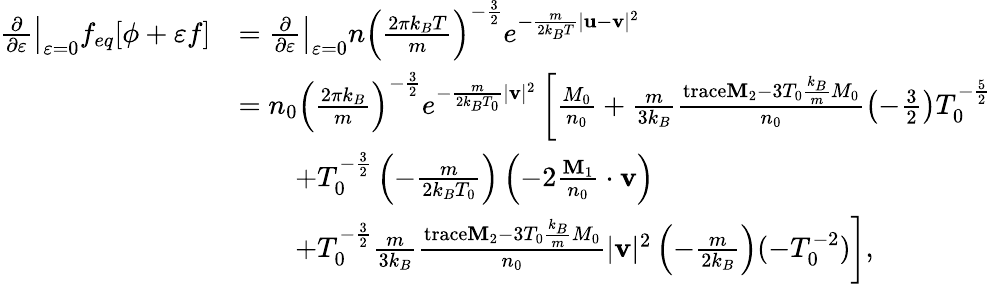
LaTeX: \begin{array}{rl}{\left.\frac{\partial}{\partial\varepsilon}\right|_{\varepsilon=0}f_{eq}[\phi+\varepsilon f]}&{=\left.\frac{\partial}{\partial\varepsilon}\right|_{\varepsilon=0}n\left(\frac{2\pi k_{B}T}{m}\right)^{-\frac{3}{2}}e^{-\frac{m}{2k_{B}T}|\mathbf{u}-\mathbf{v}|^{2}}}\\ &{=n_{0}\left(\frac{2\pi k_{B}}{m}\right)^{-\frac{3}{2}}e^{-\frac{m}{2k_{B}T_{0}}|\mathbf{v}|^{2}}\left[\frac{M_{0}}{n_{0}}+\frac{m}{3k_{B}}\frac{\mathrm{trace}\mathbf{M}_{2}-3T_{0}\frac{k_{B}}{m}M_{0}}{n_{0}}\left(-\frac{3}{2}\right)T_{0}^{-\frac{5}{2}}\right.}\\ &{\qquad+T_{0}^{-\frac{3}{2}}\left(-\frac{m}{2k_{B}T_{0}}\right)\left(-2\frac{\mathbf{M}_{1}}{n_{0}}\cdot\mathbf{v}\right)}\\ &{\qquad\left.+T_{0}^{-\frac{3}{2}}\frac{m}{3k_{B}}\frac{\mathrm{trace}\mathbf{M}_{2}-3T_{0}\frac{k_{B}}{m}M_{0}}{n_{0}}|\mathbf{v}|^{2}\left(-\frac{m}{2k_{B}}\right)(-T_{0}^{-2})\right],}\end{array}